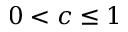
0 < c \leq 1